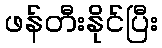
ဖန်တီးနိုင်ပြီး